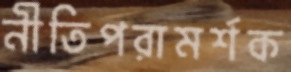
নীতিপরামর্শক